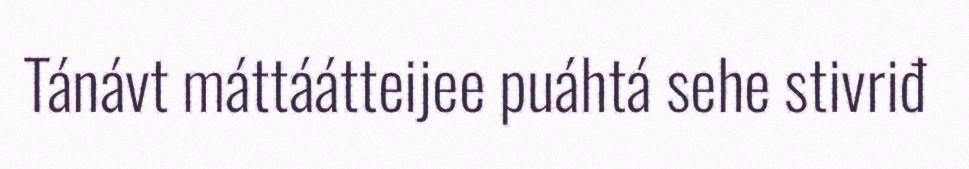
Tánávt máttáátteijee puáhtá sehe stivriđ